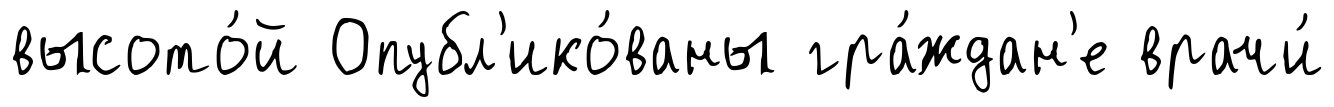
высото́й Опубл'ико́ваны гра́ждан'е врачи́